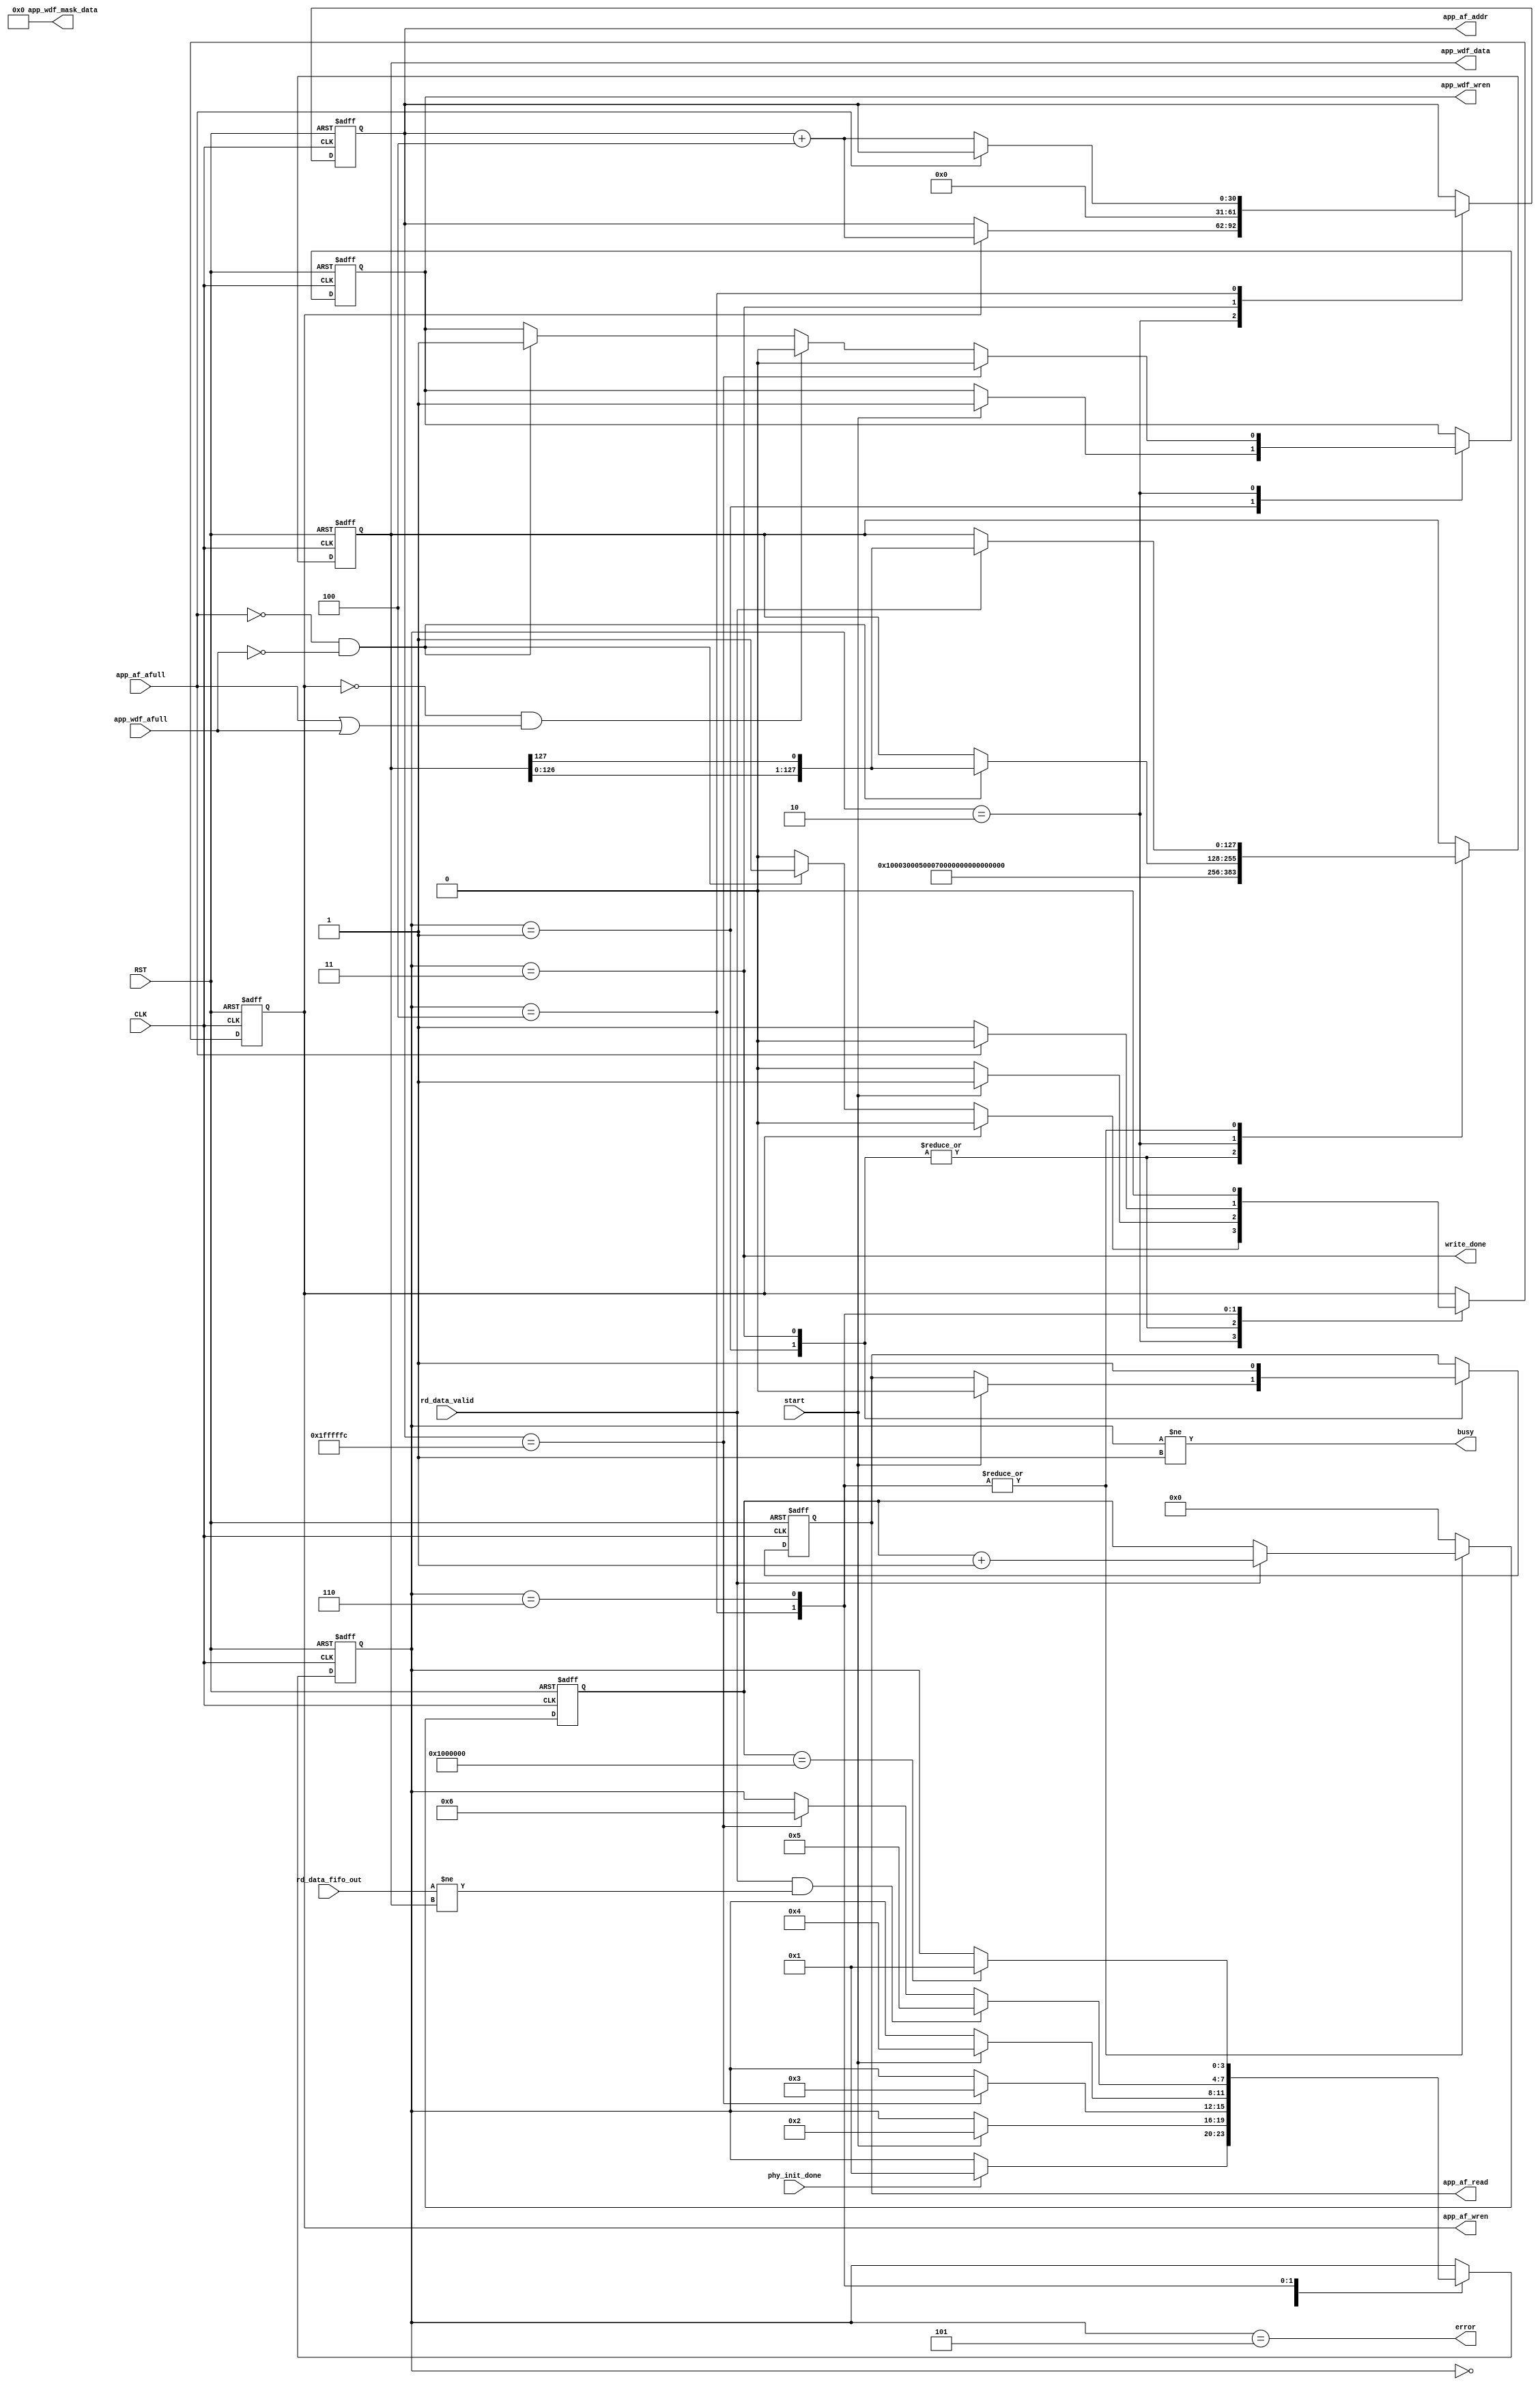

module ddr2_test
  (
   input              CLK,
   input              RST,

   // DDR2 IF
   input              phy_init_done,
   
   output reg         app_af_wren,
   input              app_af_afull,
   output reg [30:0]  app_af_addr,
   output reg         app_af_read,

   output reg         app_wdf_wren,
   input              app_wdf_afull,
   output reg [127:0] app_wdf_data,
   output [15:0]      app_wdf_mask_data,

   input              rd_data_valid,
   input [127:0]      rd_data_fifo_out,

   // input
   input              start,
   output             busy,
   output             write_done,
   output             error
   );

`define WS 4
   parameter s_wait_init  = `WS'd0;
   parameter s_idle       = `WS'd1;
   parameter s_test_write = `WS'd2;
   parameter s_write_done = `WS'd3;
   parameter s_test_read  = `WS'd4;
   parameter s_error      = `WS'd5;
   parameter s_keep_reading = `WS'd6;
   reg [`WS-1:0]      state;
`undef WS

   reg [31:0]         read_count;
   parameter addr_top = 31'h0200_0000 - 31'd4;
//   parameter addr_top = 31'h8000 - 31'd8;
   parameter read_count_top = (addr_top + 31'd4)/4*2;

   assign app_wdf_mask_data = 16'h0000;
   assign busy = state != s_idle;
   assign write_done = state == s_write_done;
   assign error = state == s_error;

   always @(posedge CLK or negedge RST)
     if (!RST) begin
        state <= s_wait_init;
     end else begin
        case (state)
          s_wait_init:
            if (phy_init_done)
              state <= s_idle;

          s_idle:
            if (start)
              state <= s_test_write;

          s_test_write:
            if (app_af_addr == addr_top)
              state <= s_write_done;

          s_write_done:
            if (start)
              state <= s_test_read;

          s_test_read:
            if (rd_data_valid && rd_data_fifo_out != app_wdf_data)
              state <= s_error;
            else if (app_af_addr == addr_top)
              state <= s_keep_reading;

          s_keep_reading:
            if (read_count == read_count_top)
              state <= s_idle;

          default: ;
        endcase
     end

   always @(posedge CLK or negedge RST)
     if (!RST) begin
        app_af_addr <= 31'h0;
     end else begin
        case (state)
          s_test_write:
            if (app_af_wren)
              app_af_addr <= app_af_addr + 31'd4;

          s_write_done:
            app_af_addr <= 31'h0;

          s_test_read:
            if (!app_af_afull)
              app_af_addr <= app_af_addr + 31'd4;
          
          default: ;
        endcase
     end

   always @(posedge CLK or negedge RST)
     if (!RST) begin
        app_af_read <= 1'b0;
     end else begin
        case (state)
          s_idle: 
            if (start)
              app_af_read <= 1'b0;

          s_write_done:
            app_af_read <= 1'b1;

          default: ;
        endcase
     end // else: !if(!RST)

   always @(posedge CLK or negedge RST)
     if (!RST) begin
        app_af_wren <= 1'b0;
     end else begin
        case (state)
          s_idle: 
            if (start)
              app_af_wren <= 1'b1;
            else
              app_af_wren <= 1'b0;

          s_test_write:
            if (app_af_wren)
              app_af_wren <= 1'b0;
            else begin
               if (!app_af_afull && !app_wdf_afull)
                 app_af_wren <= 1'b1;
            end

          s_write_done:
            if (start)
              app_af_wren <= 1'b1;
            else
              app_af_wren <= 1'b0;

          s_test_read:
            if (!app_af_afull)
              app_af_wren <= 1'b1;
            else
              app_af_wren <= 1'b0;

          s_keep_reading:
            app_af_wren <= 1'b0;

          default: ;
        endcase
     end

   always @(posedge CLK or negedge RST)
     if (!RST) begin
        app_wdf_wren <= 1'b0;
     end else begin
        case (state)
          s_idle: 
            if (start)
              app_wdf_wren <= 1'b1;

          s_test_write:
            if (app_af_addr == addr_top)
              app_wdf_wren <= 1'b0;
            else if (!app_af_wren && (app_af_afull || app_wdf_afull))
              app_wdf_wren <= 1'b0;
            else if (!app_af_afull && !app_wdf_afull)
              app_wdf_wren <= 1'b1;
          
          default: ;
        endcase
     end

`define INIT 128'h0001_0003_0005_0007__0009_000B_000D_000F
   always @(posedge CLK or negedge RST)
     if (!RST) begin
        app_wdf_data <= `INIT;
     end else begin
        case (state)
          s_idle, s_write_done:
            app_wdf_data <= `INIT;

          s_test_write:
            if (!app_af_afull && !app_wdf_afull)
              app_wdf_data <= {app_wdf_data[126:0], app_wdf_data[127]};

          s_test_read, s_keep_reading:
            if (rd_data_valid)
              app_wdf_data <= {app_wdf_data[126:0], app_wdf_data[127]};

          default: ;
        endcase
     end
`undef INIT

   always @(posedge CLK or negedge RST)
     if (!RST) begin
        read_count <= 32'h0;
     end else begin
        case (state)
          s_test_read, s_keep_reading: 
            if (rd_data_valid)
              read_count <= read_count + 32'h1;
          default: 
            read_count <= 32'h0;

        endcase
     end

endmodule